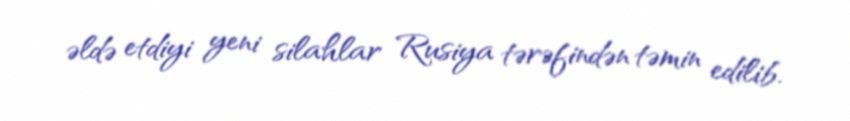
əldə etdiyi yeni silahlar Rusiya tərəfindən təmin edilib.